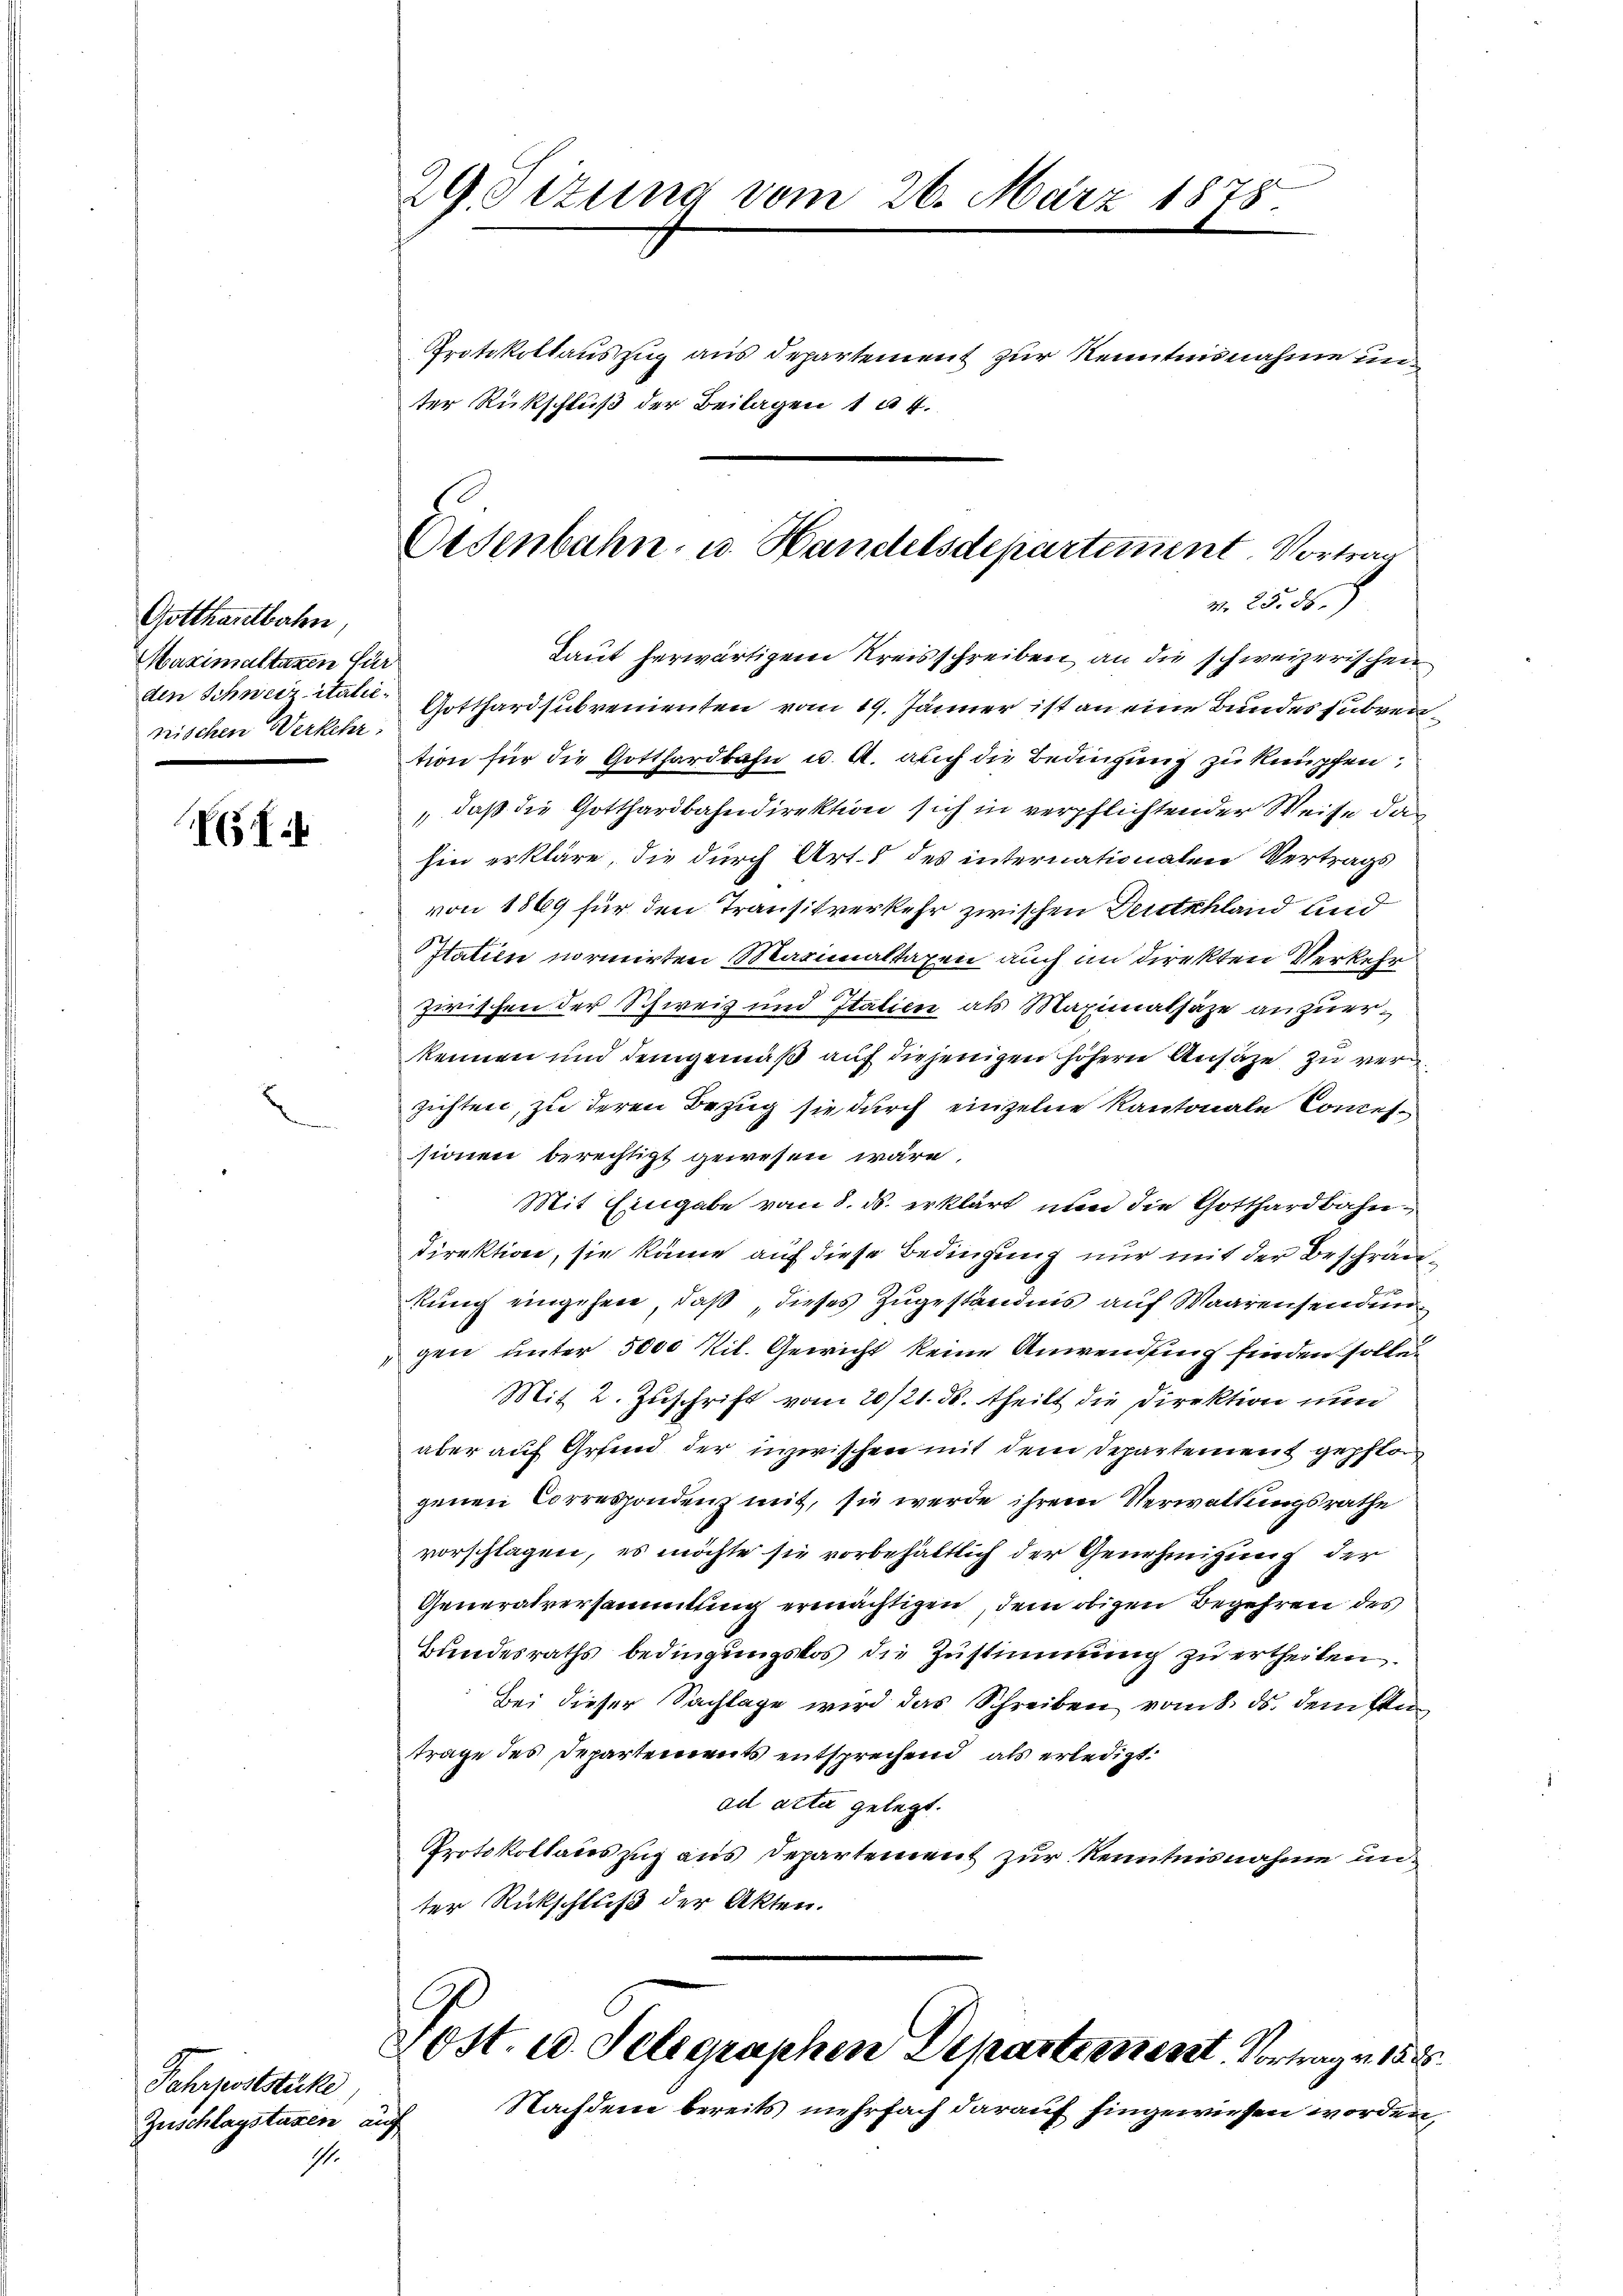
Gotthardbahn,
Maximaltaxen für
nischen Werkehr

f:

Fahrpoststücke
Zuschlagstaxen auf
1.

29. Sizung vom 26. März 1878

Protokollauszug aus Departement zur Kenntnisnahme unter Rückschluß der Beilagen 1 4.

Eisenbahn- u. Handelsdepartiment. Vortrag
M. 25. 56.

Laut herwärtigem Kreisschreiben an die schweizerischen
den Schweiz itale Gotthardsubvenienten vom 19. Jänner ist an eine Bundes subvention für die Gotthardbahn u. A. auch die Bedingung zu knüpfen,
„daß die Gotthardbahndirektion sich in verpflichtender Weise das
hin erkläre, die durch Art. 8 des internationalen Vertrags
von 1869 für den Transitverkehr zwischen Deutschland und
Statien normirten Maximaltaxen auch im direkten Verkehr
zwischen der Schweiz und Italien als Maximalhäze anzuerkennen und demgemäß auf diejenigen höhern Ansäze zu ver
zichten, zu deren Bezug sie durch einzelne Kantonale Conces
sionen berechtigt gewesen wäre,
Mit Eingabe vom 8. ds. erklärt nun die Gotthardbahndirektion, sie käme auf diese Bedingung nur mit der Beschränkung eingehen, daß, dieses Zugeständnis auf Waarensendungen unter 5000 Kil. Gewicht keine Anwendung finden sollen
Mit 2. Zuschrift vom 20/21. ds. theilt die Direktion nun
aber auf Grund der inzwischen mit dem Departement gepflo
genen Correspondenz mit, sie werde ihrem Verwaltungsrathe
vorschlagen, es möchte sie vorbehältlich der Genehmigung der
Generalversammlung ermächtigen, dem obigen Begehren des
Bundesraths bedingungskos die Zustimmung zu ertheilen.
Bei dieser Sachlage wird das Schreiben vom 8. ds. dem ste
trage des Departements entsprechend, als erledigt.
ad acta gelegt.
Protokollauszug aus Departement zur Kenntnisnahme unter Rückschluß der Akten.

Aost. u. Seligraphen Departiement. Vortrag v. 158.
Nachdem bereits mehrfach darauf hingewiesen worden,